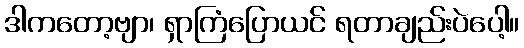
ဒါကတော့ဗျာ၊ ရှာကြံပြောယင် ရတာချည်းပဲပေါ့။